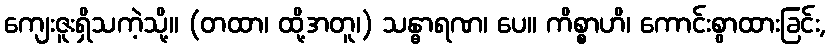
ကျေးဇူးရှိသကဲ့သို့။ (တထာ၊ ထို့အတူ၊) သန္ဓာရဏ၊ ပေ။ ကိစ္စာဟိ၊ ကောင်းစွာထားခြင်း,